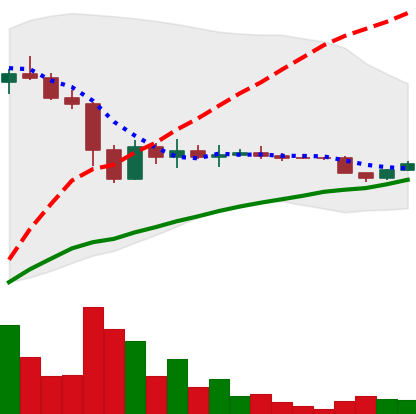
Ticker: DOGE-USD
Chart end date: 2022-11-23
Forward return: 16.306%
Label: up_7plus